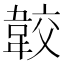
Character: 𩎦